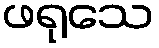
ဖရုသေ